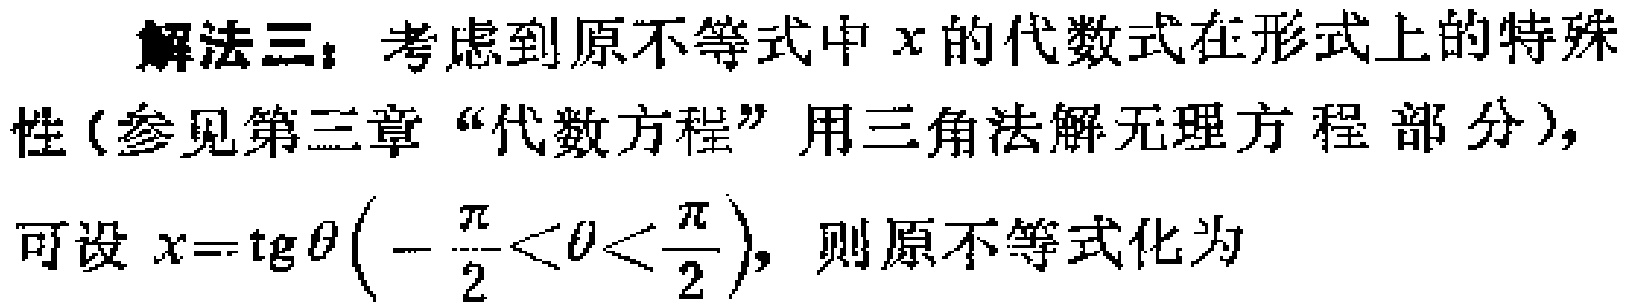
解法三：考虑到原不等式中\(x\)的代数式在形式上的特殊性(参见第三章“代数方程”用三角法解无理方程部分)，可设\(x = \mathrm{tg}\theta\left(-\frac{\pi}{2} < \theta < \frac{\pi}{2}\right)\)，则原不等式化为